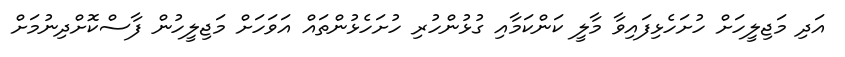
އަދި މަޖިލީހަށް ހުށަހެޅިފައިވާ މާލީ ކަންކަމާއި ގުޅުންހުރި ހުށަހެޅުންތައް އަވަހަށް މަޖިލީހުން ފާސްކޮށްދިނުމަށް